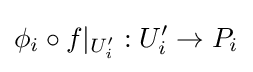
\phi _{i}\circ f|_{U_{i}'}:U_{i}'\to P_{i}